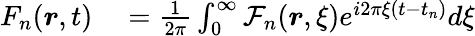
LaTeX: \begin{array}{rl}{F_{n}(\boldsymbol{r},t)}&{{}=\frac{1}{2\pi}\int_{0}^{\infty}\mathcal{F}_{n}(\boldsymbol{r},\xi)e^{i2\pi\xi(t-t_{n})}d\xi}\end{array}